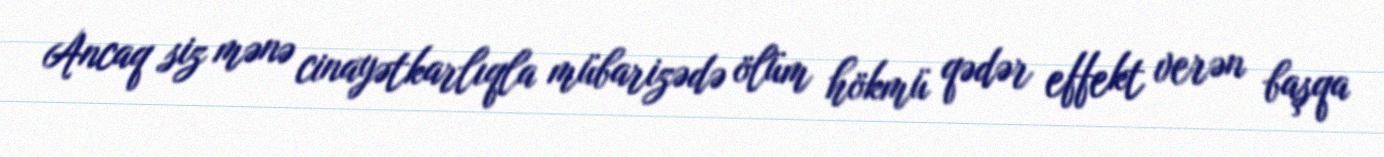
Ancaq siz mənə cinayətkarlıqla mübarizədə ölüm hökmü qədər effekt verən başqa